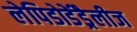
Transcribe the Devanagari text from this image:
लेपिडोडेंड्रैलीज